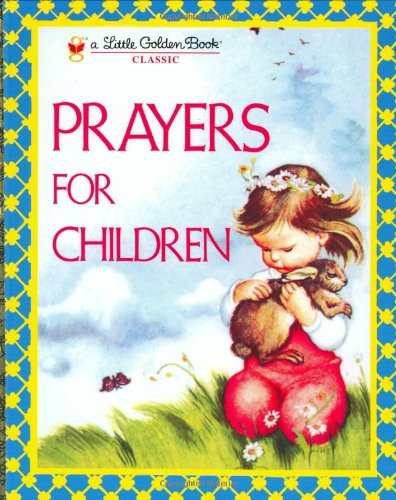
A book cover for Prayers for Children (Little Golden Book); Eloise Wilkin; Children's Books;